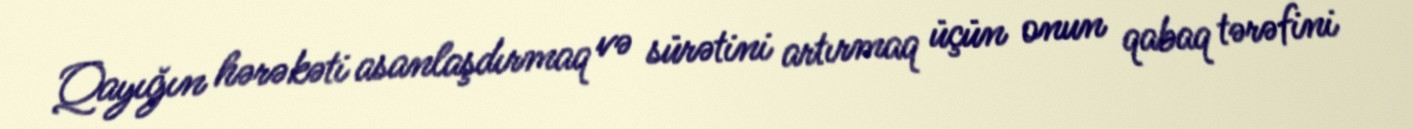
Qayığın hərəkəti asanlaşdırmaq və sürətini artırmaq üçün onun qabaq tərəfini